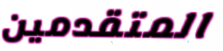
المتقدمين